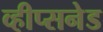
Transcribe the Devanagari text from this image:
व्हीप्सनेड